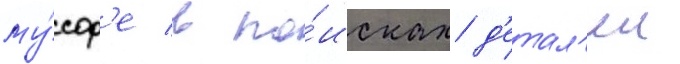
му́сор'е в по́исках д'етал'еи